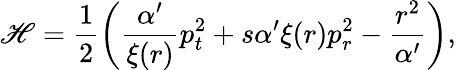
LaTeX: \mathscr{H}=\frac{{1}}{{2}}\left(\frac{{\alpha^{\prime}}}{{\xi(r)}}p_{t}^{2}+s\alpha^{\prime}\xi(r)p_{r}^{2}-\frac{{r^{2}}}{{\alpha^{\prime}}}\right),